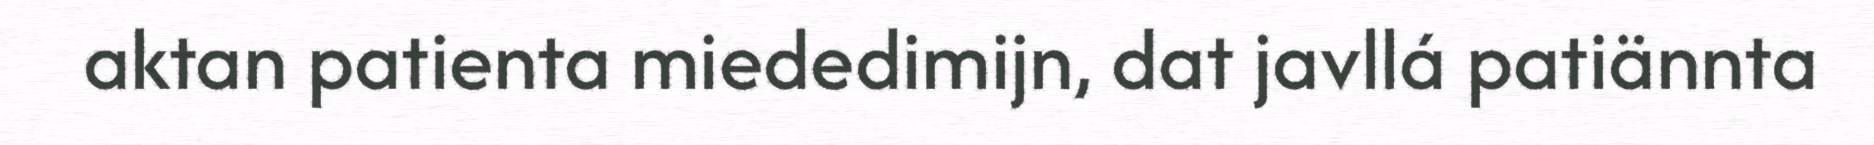
aktan patienta miededimijn, dat javllá patiännta